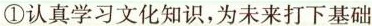
①认真学习文化知识，为未来打下基础